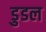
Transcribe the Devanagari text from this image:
डुडल